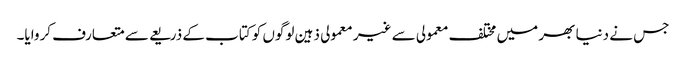
جس نے دنیا بھر میں مختلف معمولی سے غیر معمولی ذہین لوگوں کو کتاب کے ذریعے سے متعارف کروایا۔